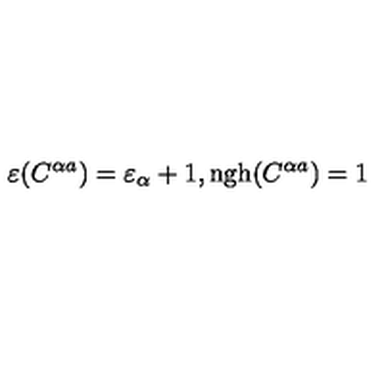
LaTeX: \varepsilon ( C ^ { \alpha a } ) = \varepsilon _ { \alpha } + 1 , \mathrm { n g h } ( C ^ { \alpha a } ) = 1